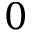
0